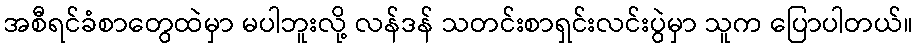
အစီရင်ခံစာတွေထဲမှာ မပါဘူးလို့ လန်ဒန် သတင်းစာရှင်းလင်းပွဲမှာ သူက ပြောပါတယ်။